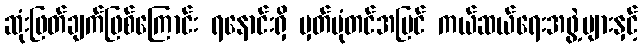
ဆုံးဖြတ်ချက်ဖြစ်ကြောင်း ရနောင်းရှိ မှတ်ပုံတင်အပြင် ကယ်ဆယ်ရေးအဖွဲ့များနှင့်